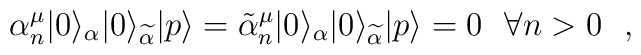
\alpha^{\mu}_{n}|0\rangle_\alpha |0\rangle_{\widetilde\alpha}|p \rangle =\tilde\alpha^{\mu}_{n} |0\rangle_\alpha |0\rangle_{\widetilde\alpha}|p \rangle =0~~\forall n>0 ~~,~~